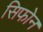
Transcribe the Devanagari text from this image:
सिफोन